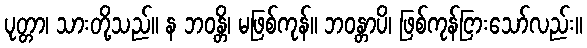
ပုတ္တာ၊ သားတို့သည်။ န ဘဝန္တိ၊ မဖြစ်ကုန်။ ဘဝန္တာပိ၊ ဖြစ်ကုန်ငြားသော်လည်း။